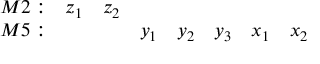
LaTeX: \begin{array} { r c c c c c c c } { { { M 2 } : } } & { { z _ { 1 } } } & { { z _ { 2 } } } & { { } } & { { } } & { { } } & { { } } & { { } } \\ { { { M 5 } : } } & { { } } & { { } } & { { y _ { 1 } } } & { { y _ { 2 } } } & { { y _ { 3 } } } & { { x _ { 1 } } } & { { x _ { 2 } } } \end{array}